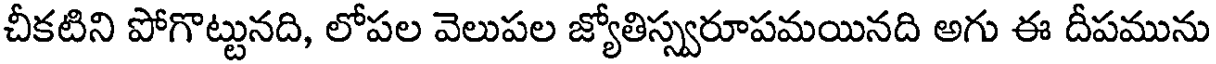
చీకటిని పోగొట్టునది, లోపల వెలుపల జ్యోతిస్స్వరూపమయినది అగు ఈ దీపమును